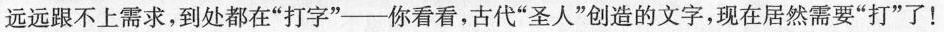
远远跟不上需求，到处都在”打字”--你看看，古代”圣人”创造的文字，现在居然需要”打”了！